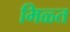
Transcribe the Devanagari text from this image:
मिळ्त